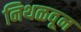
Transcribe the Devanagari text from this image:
निथळवून